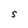
Character: S